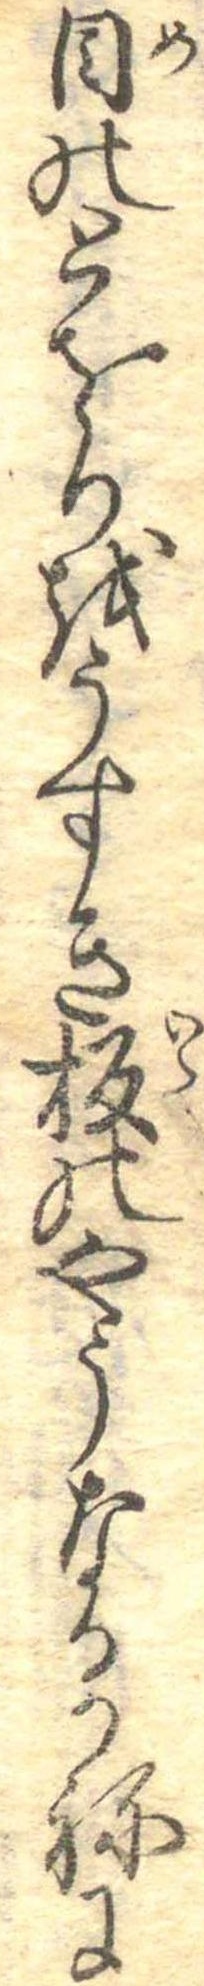
目のとをりをうすき板のやうなるかねに